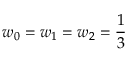
w _ { 0 } = w _ { 1 } = w _ { 2 } = \frac 1 3